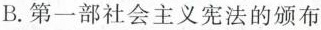
B.第一部社会主义宪法的颁布